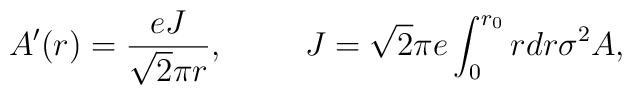
A'(r) = \frac{e J}{\sqrt{2}\pi r}, \hspace{1 true cm}J= \sqrt{2} \pi e\int_0^{r_0} r dr \sigma^2 A,